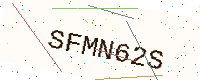
Text: SFMN62S